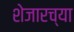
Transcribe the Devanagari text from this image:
शेजारच्‍या